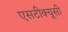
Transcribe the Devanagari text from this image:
एसटीक्यूसी